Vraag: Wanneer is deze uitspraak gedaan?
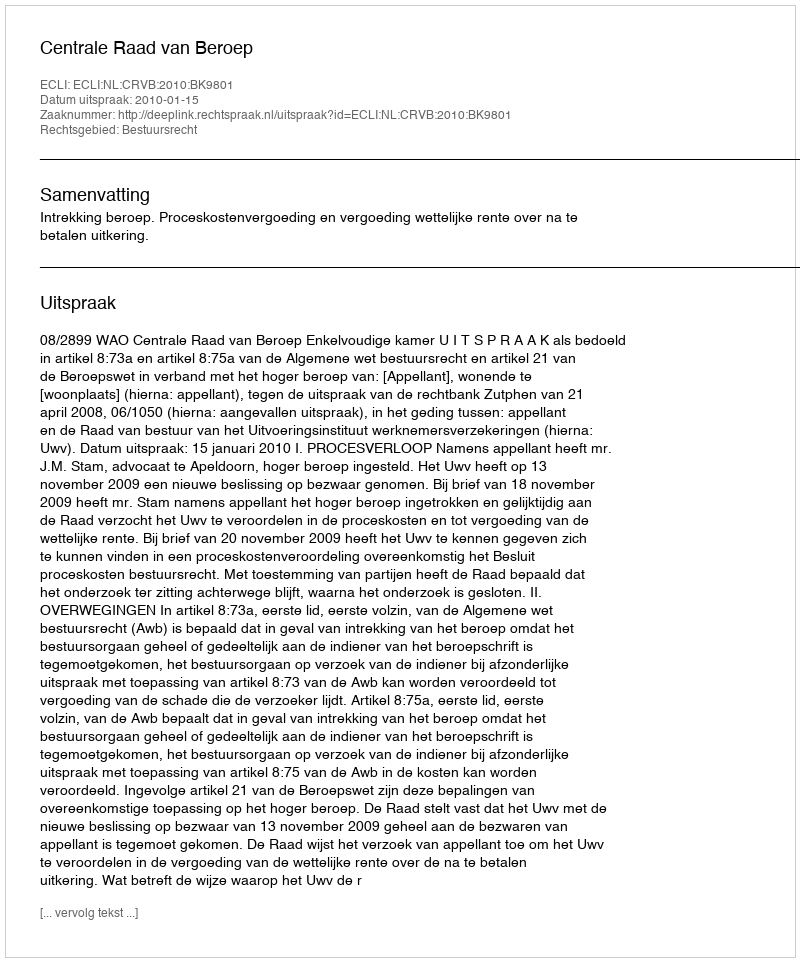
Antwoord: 2010-01-15